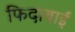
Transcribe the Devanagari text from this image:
फिदाबाई